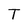
Character: T